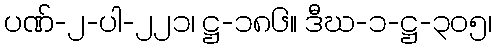
ပဏ်-၂-ပါ-၂၂၁၊ ဋ္ဌ-၁၈၆။ ဒီဃ-၁-ဋ္ဌ-၃၀၅၊